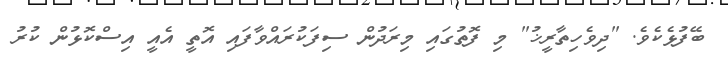
ބޭފުޅެކެވެ. "ދިވެހިތާރީޚު" މި ފޮތުގައި މިރަދުން ސިފަކުރައްވާފައި އޮތީ އެއީ އިސްކޮޅުން ކުރު